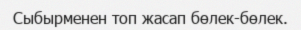
Сыбырменен топ жасап бөлек-бөлек.